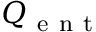
Q _ { \mathrm { ~ e ~ n ~ t ~ } }